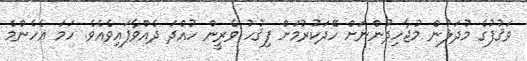
ވަޤުފުގެ މުދަލުން މުޖާހިދުންނަށް ހޭދަކުރުމަށް ފިޤުހު ވެރީން ހުއްދަ ދެއްވާފައިވެއެވެ. ހަމަ އެހެންމެ